Source: Handwritten
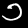
Digit: ၁ (1)